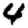
Digit: 4